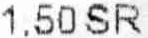
1.50 SR